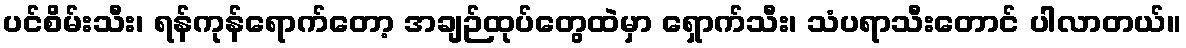
ပင်စိမ်းသီး၊ ရန်ကုန်ရောက်တော့ အချဉ်ထုပ်တွေထဲမှာ ရှောက်သီး၊ သံပရာသီးတောင် ပါလာတယ်။